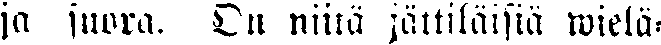
ja suora. On niitä jättiläisiä wielä-